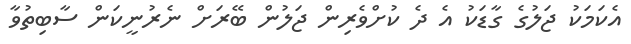
އެކަމަކު ޖަލުގެ ގާޑަކު އެ ދެ ކުށްވެރިން ޖަލުން ބޭރަށް ނެރުނީކަން ސާބިތުވާ